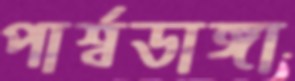
পার্শ্বডাঙ্গা